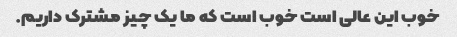
خوب این عالی است خوب است که ما یک چیز مشترک داریم.